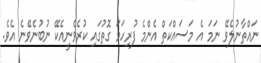
ނައްތާނުލެވޭ ނަމަ އެ މަސައްކަތް އެންމެ ފުރިހަމަ ގޮތުގައި ކުރެވެނީއެކޭ ނުބުނެވޭނެ އެވެ.